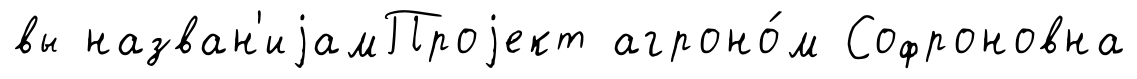
вы назван'иjамПроjект агроно́м Софроновна